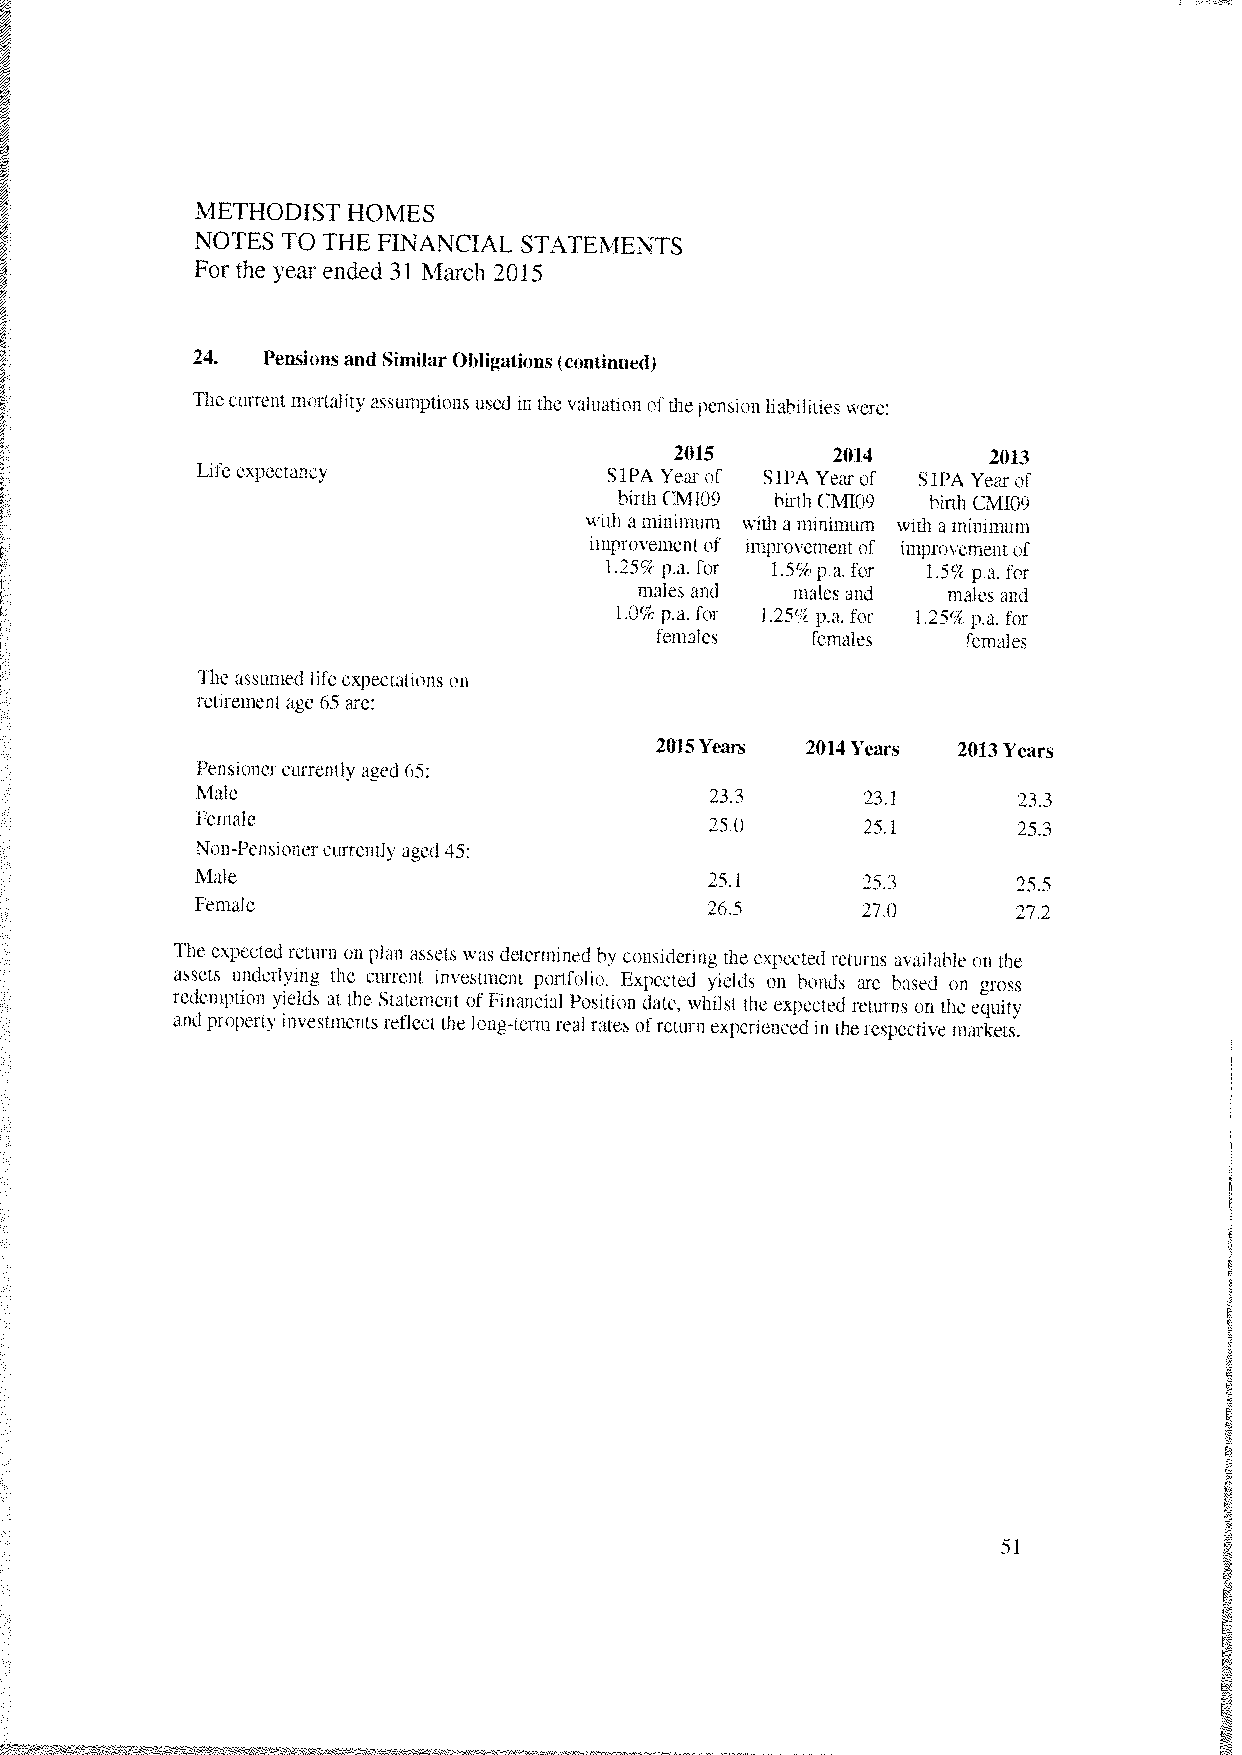
METHODIST HOMES
 NOTES TO THE FINANCIAL STATEMENTS
 For the year ended 31 March 2015
 24. Pensionsand SimilarObligations(continued)
 Thecurrent mortalityassumptions used in the valuation ofthepension liabilitieswere:
 2015      2014      2013
 Life expectancy            S1PA Year of SIPA Yearof S1PA Yearof
 birth (‘M109 birth cM109 birth CMIO9
 with a minimum with a minimum with a minimum
 improvementof improvement of improvementof
 1.25% p.a. for 1.5% pa. for 1.5% pa. for
 males and  males and males and
 1.0% pa. for 1.25% p,a. for 1.25% p.a. for
 females    females   females
 The assumed life expectations on
 retirementage 65 are:
 2015Years 2014 Years 2013Years
 Pensioner currently aged 65:
 Male                              23.3      23.1      23.3
 Female
 25.0      25.1      25.3
 Non-Pensionercurrently aged 45:
 Male                              25.1      25.3      25.5
 Female                            26.5      27.0      27.2
 The expected return on plan assels was determined by considering the expected returns available on the
 assets underlying the current investment portfolio. Expected yields on bonds are based on gross
 redemption yields at the Statement of Financial Position date, whilst the expected returns on the equity
 and propertyinvestmentsreflect the long-term real rates ofreturn experiencedin therespective markets.
 51